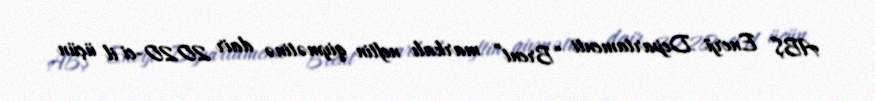
ABŞ Enerji Departamenti “Brent” markalı neftin qiymətinə dair 2020-ci il üçün